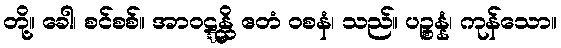
တို့။ ခေါ၊ စင်စစ်။ အာဝဋ္ဋန္တိ ဧတံ ဝစနံ၊ သည်။ ပဉ္စန္နံ၊ ကုန်သော။